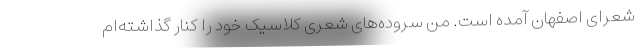
شعرای اصفهان آمده است. من سروده‌های شعری کلاسیک خود را کنار گذاشته‌ام